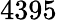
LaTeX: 4395